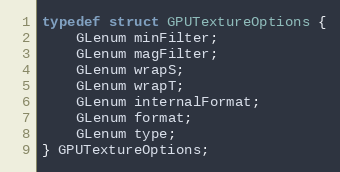
Language: C
typedef struct GPUTextureOptions {
    GLenum minFilter;
    GLenum magFilter;
    GLenum wrapS;
    GLenum wrapT;
    GLenum internalFormat;
    GLenum format;
    GLenum type;
} GPUTextureOptions;